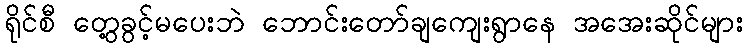
ရိုင်စီ တွေ့ခွင့်မပေးဘဲ ဘောင်းတော်ချကျေးရွာနေ အအေးဆိုင်များ